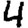
Digit: 4